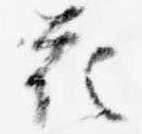
花